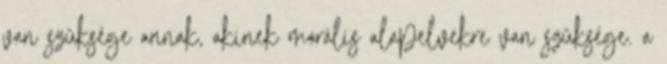
van szüksége annak, akinek morális alapelvekre van szüksége. a